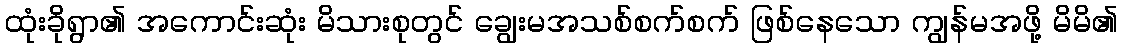
ထုံးခိုရွာ၏ အကောင်းဆုံး မိသားစုတွင် ချွေးမအသစ်စက်စက် ဖြစ်နေသော ကျွန်မအဖို့ မိမိ၏